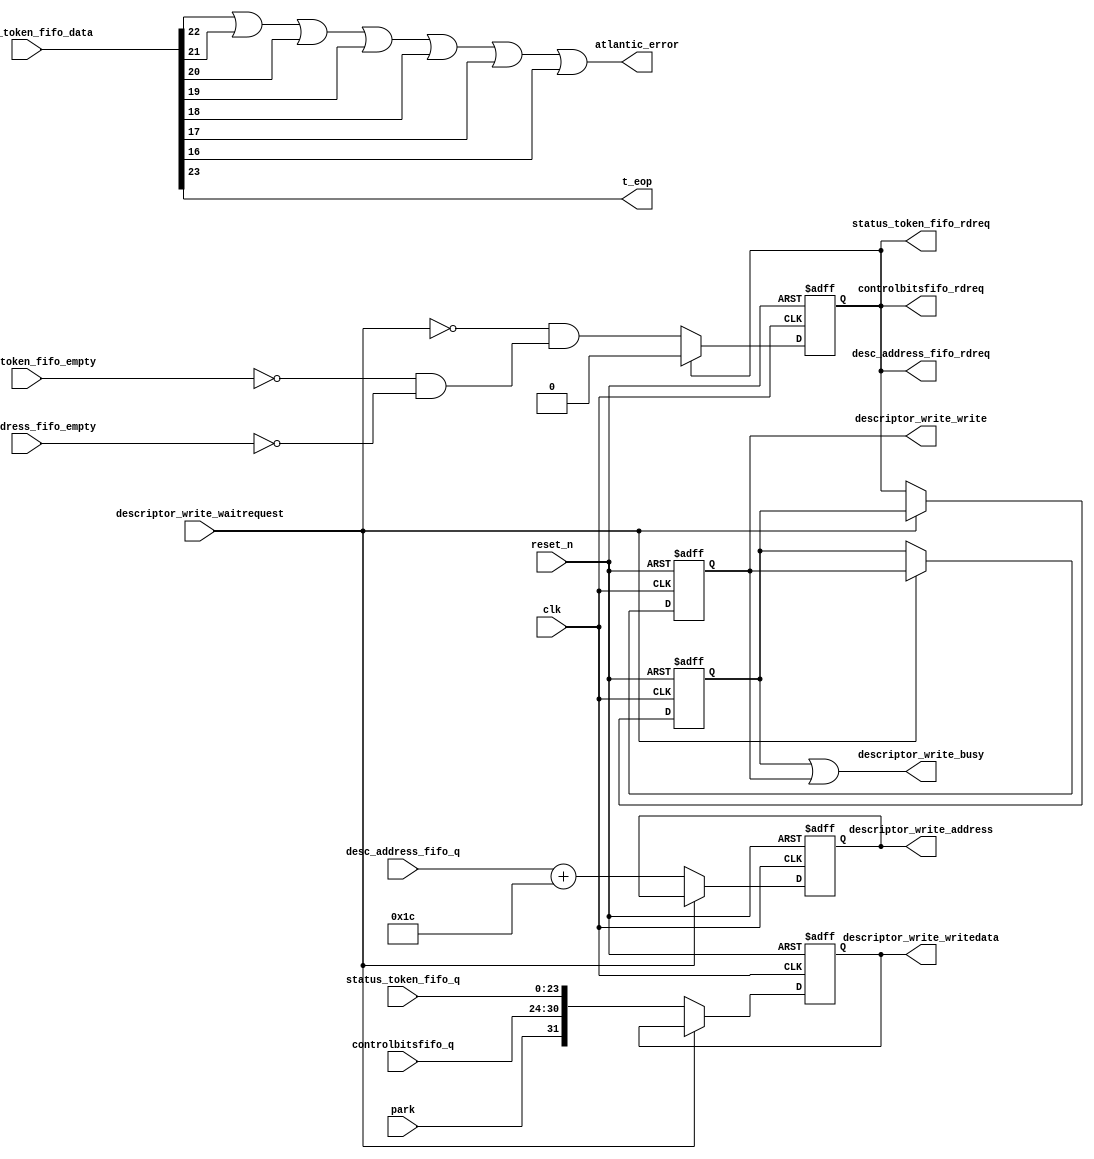
module descriptor_write_which_resides_within_sgdma_tx (
                                                         clk,
                                                         controlbitsfifo_q,
                                                         desc_address_fifo_empty,
                                                         desc_address_fifo_q,
                                                         descriptor_write_waitrequest,
                                                         park,
                                                         reset_n,
                                                         status_token_fifo_data,
                                                         status_token_fifo_empty,
                                                         status_token_fifo_q,
                                                         atlantic_error,
                                                         controlbitsfifo_rdreq,
                                                         desc_address_fifo_rdreq,
                                                         descriptor_write_address,
                                                         descriptor_write_busy,
                                                         descriptor_write_write,
                                                         descriptor_write_writedata,
                                                         status_token_fifo_rdreq,
                                                         t_eop
                                                      )
;
  output           atlantic_error;
  output           controlbitsfifo_rdreq;
  output           desc_address_fifo_rdreq;
  output  [ 31: 0] descriptor_write_address;
  output           descriptor_write_busy;
  output           descriptor_write_write;
  output  [ 31: 0] descriptor_write_writedata;
  output           status_token_fifo_rdreq;
  output           t_eop;
  input            clk;
  input   [  6: 0] controlbitsfifo_q;
  input            desc_address_fifo_empty;
  input   [ 31: 0] desc_address_fifo_q;
  input            descriptor_write_waitrequest;
  input            park;
  input            reset_n;
  input   [ 23: 0] status_token_fifo_data;
  input            status_token_fifo_empty;
  input   [ 23: 0] status_token_fifo_q;
  wire             atlantic_error;
  wire             can_write;
  wire             controlbitsfifo_rdreq;
  wire             desc_address_fifo_rdreq;
  reg     [ 31: 0] descriptor_write_address;
  wire             descriptor_write_busy;
  reg              descriptor_write_write;
  reg              descriptor_write_write0;
  reg     [ 31: 0] descriptor_write_writedata;
  wire             fifos_not_empty;
  wire    [  7: 0] status_reg;
  reg              status_token_fifo_rdreq;
  wire             status_token_fifo_rdreq_in;
  wire             t_eop;
  always @(posedge clk or negedge reset_n)
    begin
      if (reset_n == 0)
          descriptor_write_writedata <= 0;
      else if (~descriptor_write_waitrequest)
          descriptor_write_writedata <= {park, controlbitsfifo_q, status_token_fifo_q};
    end
  always @(posedge clk or negedge reset_n)
    begin
      if (reset_n == 0)
          descriptor_write_address <= 0;
      else if (~descriptor_write_waitrequest)
          descriptor_write_address <= desc_address_fifo_q + 28;
    end
  assign fifos_not_empty = ~status_token_fifo_empty && ~desc_address_fifo_empty;
  assign can_write = ~descriptor_write_waitrequest && fifos_not_empty;
  always @(posedge clk or negedge reset_n)
    begin
      if (reset_n == 0)
          descriptor_write_write0 <= 0;
      else if (~descriptor_write_waitrequest)
          descriptor_write_write0 <= status_token_fifo_rdreq;
    end
  always @(posedge clk or negedge reset_n)
    begin
      if (reset_n == 0)
          descriptor_write_write <= 0;
      else if (~descriptor_write_waitrequest)
          descriptor_write_write <= descriptor_write_write0;
    end
  assign status_token_fifo_rdreq_in = status_token_fifo_rdreq ? 1'b0 : can_write;
  always @(posedge clk or negedge reset_n)
    begin
      if (reset_n == 0)
          status_token_fifo_rdreq <= 0;
      else 
        status_token_fifo_rdreq <= status_token_fifo_rdreq_in;
    end
  assign desc_address_fifo_rdreq = status_token_fifo_rdreq;
  assign descriptor_write_busy = descriptor_write_write0 | descriptor_write_write;
  assign status_reg = status_token_fifo_data[23 : 16];
  assign t_eop = status_reg[7];
  assign atlantic_error = status_reg[6] | status_reg[5] | status_reg[4] | status_reg[3] | status_reg[2] | status_reg[1] | status_reg[0];
  assign controlbitsfifo_rdreq = status_token_fifo_rdreq;
endmodule